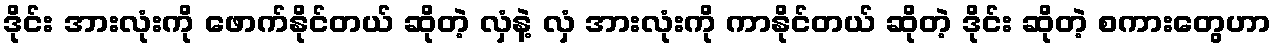
ဒိုင်း အားလုံးကို ဖောက်နိုင်တယ် ဆိုတဲ့ လှံနဲ့ လှံ အားလုံးကို ကာနိုင်တယ် ဆိုတဲ့ ဒိုင်း ဆိုတဲ့ စကားတွေဟာ